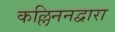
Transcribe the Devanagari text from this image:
कल्लिननद्वारा